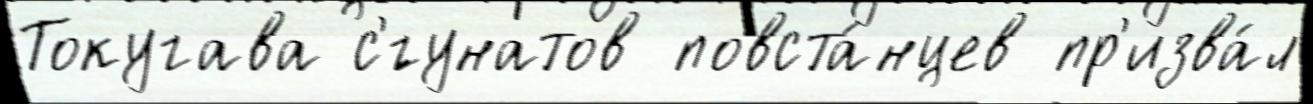
Токугава с'́гунатов повста́нцев пр'изва́л